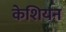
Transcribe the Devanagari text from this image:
केशियन